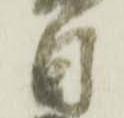
日